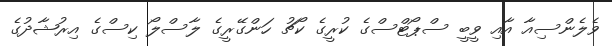
ވެލެންސިއާ އާއި ވީބީ ސްޕޯޓްސްގެ ކުރީގެ ކޯޗު ހަންގޭރީގެ ލާސްލޯ ކިސްގެ އިރުޝާދުގެ